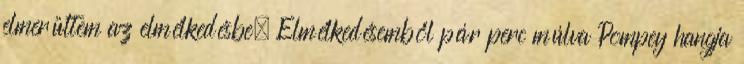
elmerültem az elmélkedésbe. Elmélkedésemből pár perc múlva Pompey hangja